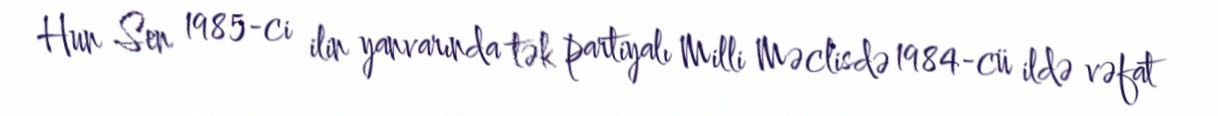
Hun Sen 1985-ci ilin yanvarında tək partiyalı Milli Məclisdə 1984-cü ildə vəfat